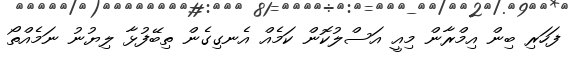
ފަހަރި ބިން އިމްރާން މިއީ އަސްލުކޮން ކަމެއް އެނގިގެން ތިބޭފުޅާ ލިޔުނު ނަމެއްތޯ